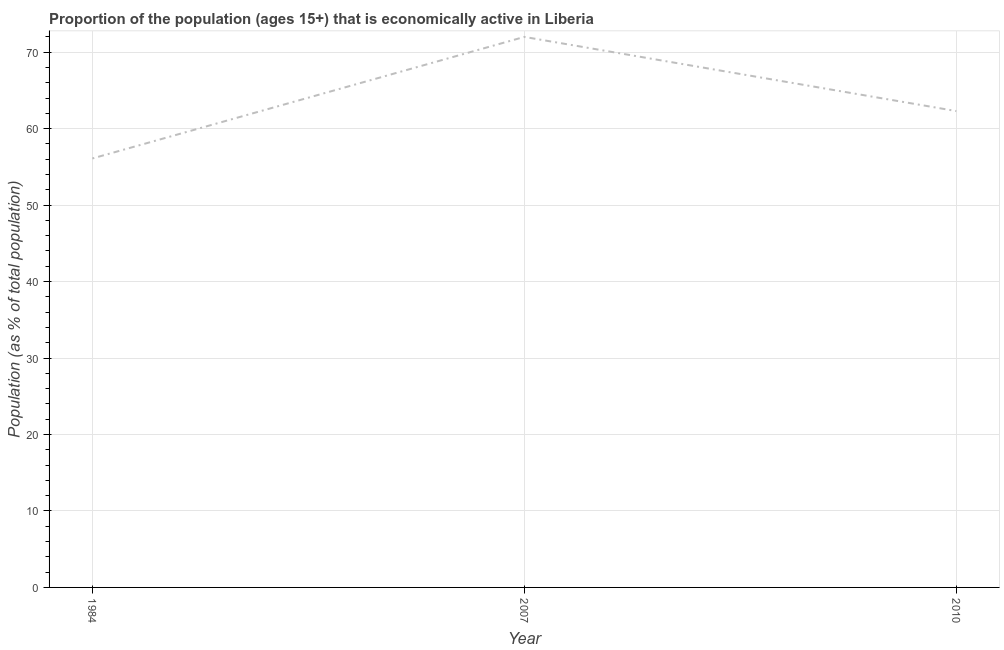
| Year | Labor force participation rate total |
 | --- | --- |
 | 1984 | 56.1 |
 | 2007 | 72 |
 | 2010 | 62.3 |